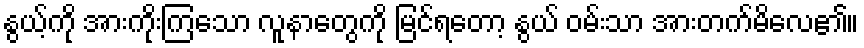
နွယ့်ကို အားကိုးကြသော လူနာတွေကို မြင်ရတော့ နွယ် ဝမ်းသာ အားတက်မိလေ၏။